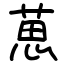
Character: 葸